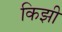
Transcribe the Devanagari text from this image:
किझी